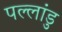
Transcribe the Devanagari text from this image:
पल्लांडु